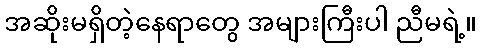
အဆိုးမရှိတဲ့နေရာတွေ အများကြီးပါ ညီမရဲ့။